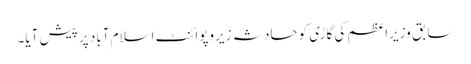
سابق وزیراعظم کی گاڑی کوحادثہ زیروپوائنٹ اسلام آباد پر پیش آیا۔